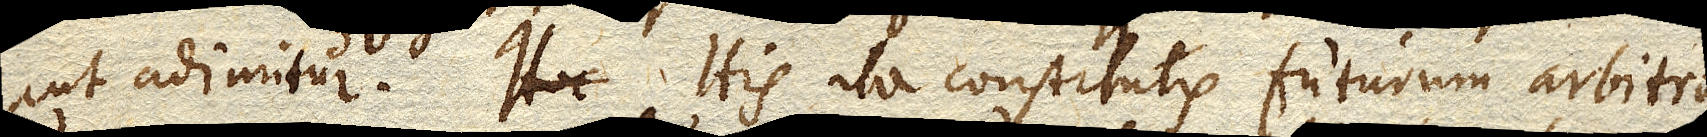
aut adimitur. His ita constitutis futurum arbitror